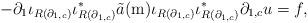
LaTeX: \begin{align*}-\partial_{1}\iota_{R(\partial_{1,c})} \iota_{R(\partial_{1,c})}^{*} \tilde{a}(\mathrm{m})\iota_{R(\partial_{1,c})}\iota_{R(\partial_{1,c})}^{*} \partial_{1,c}u=f,\end{align*}